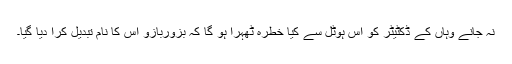
نہ جانے وہاں کے ڈکٹیٹر کو اس ہوٹل سے کیا خطرہ ٹھہرا ہو گا کہ بزوربازو اس کا نام تبدیل کرا دیا گیا۔